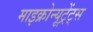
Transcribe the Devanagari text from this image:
माइक्रोन्यूट्रेंट्स